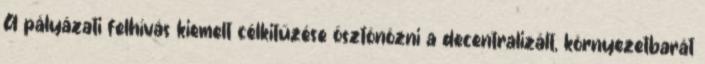
A pályázati felhívás kiemelt célkitűzése ösztönözni a decentralizált, környezetbarát